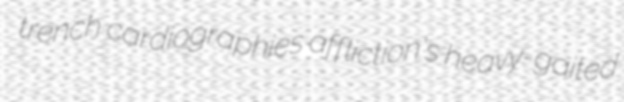
trench cardiographies affliction's heavy-gaited